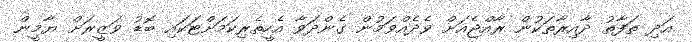
އަދި ތަފާތު ދާއިރާތަކުން ރާއްޖެއަށް ވެދެއްވަމުން ގެންދަވާ އެހީތެރިކަމަށްޓަކައި ބޮޑު ވަޒީރަށް ޔާމީން